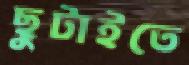
ছুটাইতে